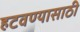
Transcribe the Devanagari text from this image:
हटवण्यासाठी